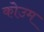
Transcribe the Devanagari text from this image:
कोउम